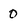
Character: 0